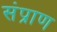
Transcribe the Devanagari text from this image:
संप्राण